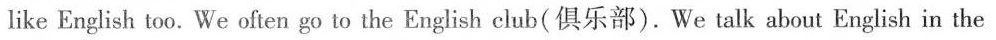
like English too.We often go to the English club(俱乐部).We talk about English in the